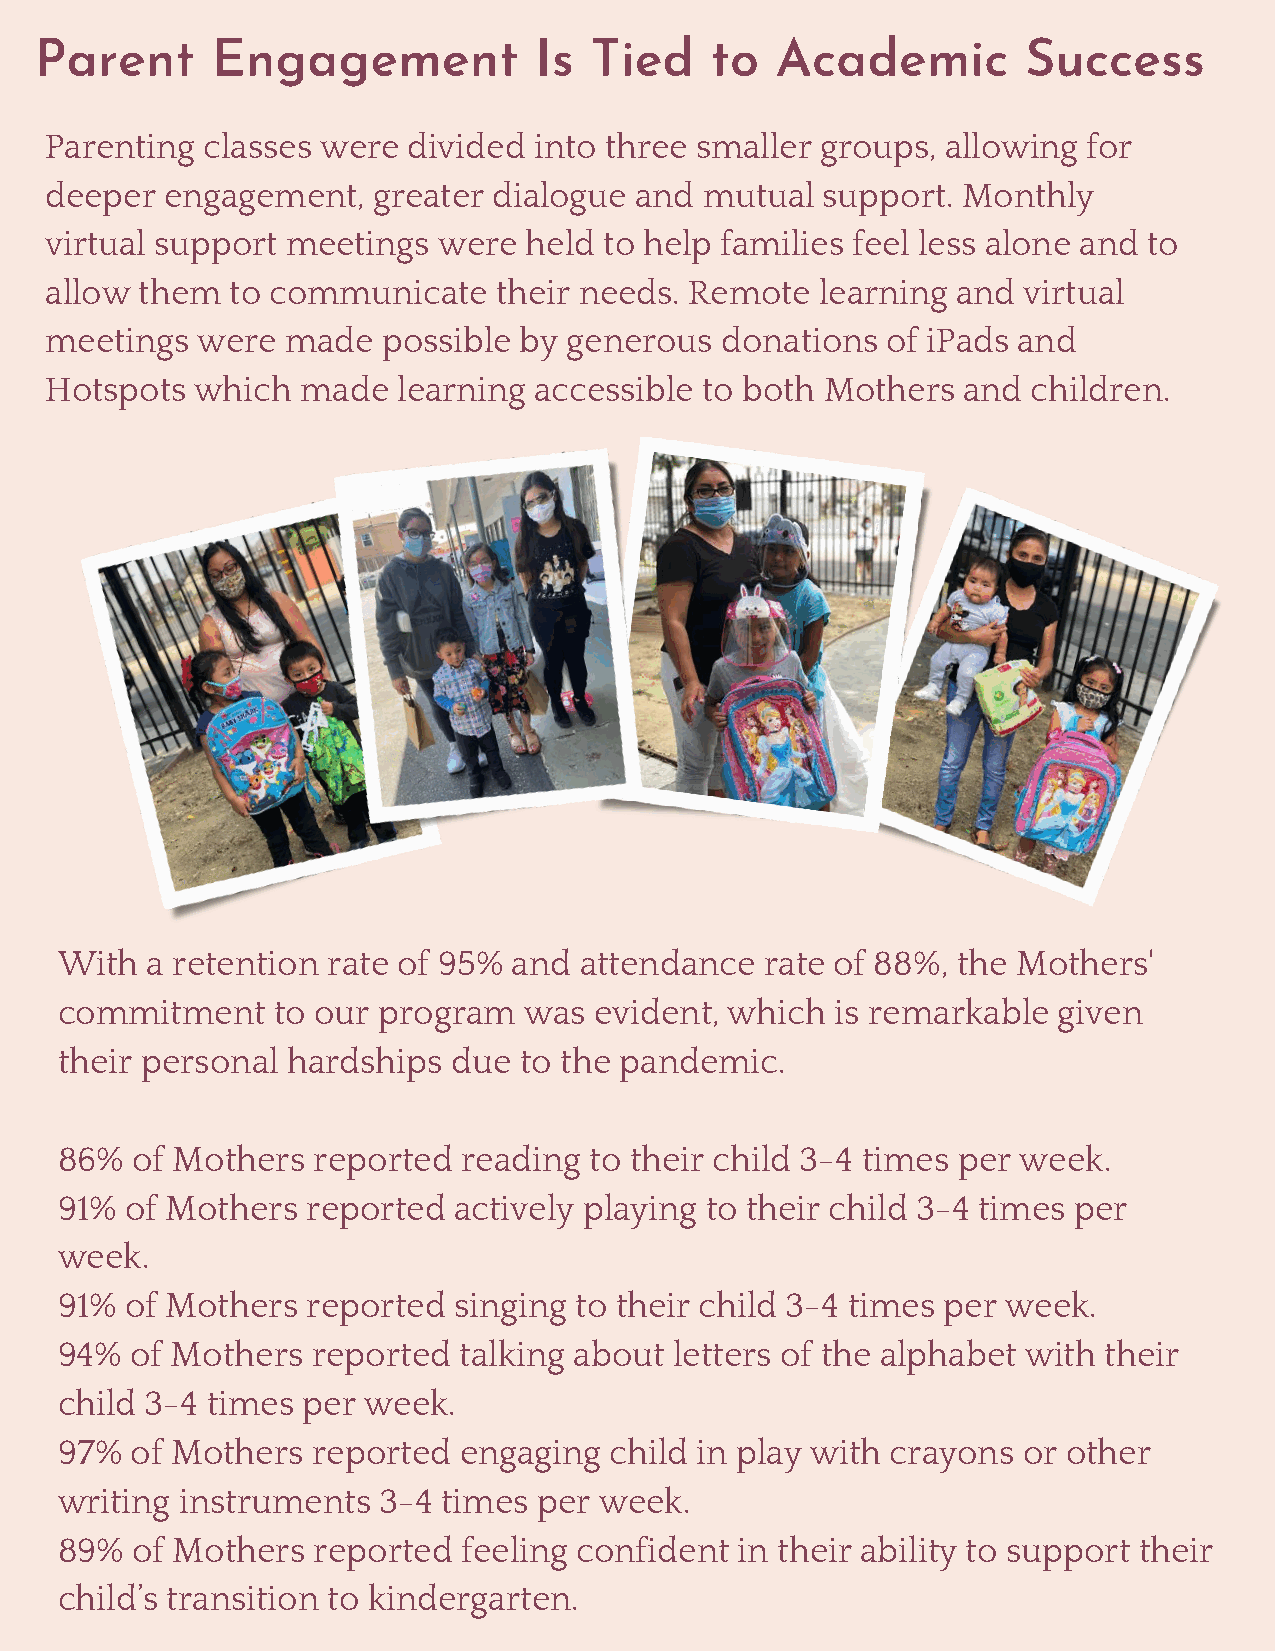
Parent      Engagement           Is  Tied    to  Academic         Success
 Parenting classes were  divided into three smaller groups,  allowing for
 deeper  engagement,   greater dialogue and  mutual support.  Monthly
 virtual support meetings  were  held to help families feel less alone and to
 allow them  to communicate    their needs. Remote  learning and  virtual
 meetings  were  made  possible by  generous  donations  of iPads and
 Hotspots  which  made  learning accessible to both  Mothers  and children.
 With  a retention rate of 95% and attendance   rate of 88%, the Mothers'
 commitment    to our program   was evident, which  is remarkable  given
 their personal hardships  due to the pandemic.
 86%  of Mothers  reported  reading to their child 3-4 times per week.
 91% of Mothers  reported  actively playing to their child 3-4 times per
 week.
 91% of Mothers  reported  singing to their child 3-4 times per week.
 94%  of Mothers  reported talking about  letters of the alphabet with their
 child 3-4 times per week.
 97%  of Mothers  reported engaging  child in play with crayons  or other
 writing instruments  3-4 times  per week.
 89%  of Mothers  reported  feeling confident in their ability to support their
 child’s transition to kindergarten.